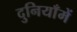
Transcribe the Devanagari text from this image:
दुनियाँमें